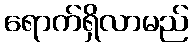
ရောက်ရှိလာမည်